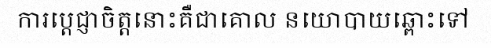
ការប្តេជ្ញាចិត្តនោះគឺជាគោល នយោបាយឆ្ពោះទៅ